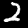
Label: 2